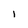
Character: I